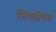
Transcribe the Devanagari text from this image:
सिंपलीपल